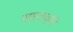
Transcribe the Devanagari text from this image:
सहजवृति